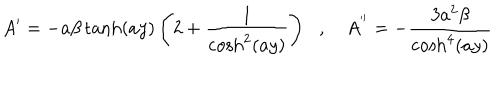
A ^ { \prime } = - a \beta \tanh ( a y ) \left( 2 + \frac { 1 } { \cosh ^ { 2 } ( a y ) } \right) \, \, \, \, , \, \, \, \, \, \, A ^ { ' ^ { \prime } } = - \frac { 3 a ^ { 2 } \beta } { \cosh ^ { 4 } ( a y ) }